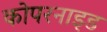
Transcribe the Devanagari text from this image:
कोपरनाइड